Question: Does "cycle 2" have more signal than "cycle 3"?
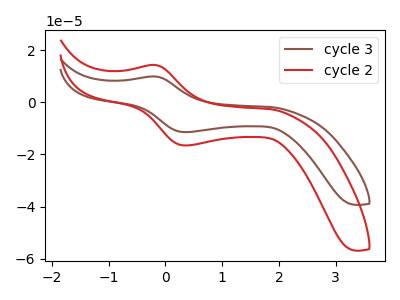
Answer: <think>The brown curve "cycle 3" has an anodic peak at (-0.20V, 9.85uA) and a cathodic peak at (0.40V, -11.45uA). The red curve "cycle 2" has an anodic peak at (-0.20V, 14.25uA) and a cathodic peak at (0.40V, -16.55uA).
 All the peaks in "cycle 2" have a peak in "cycle 3" at the same potential. Every peak in "cycle 2" is higher than every peak in "cycle 3".</think>
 <answer>"cycle 2" has more signal than "cycle 3".</answer>
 <eval>more_signal</eval>